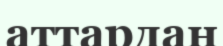
аттардан